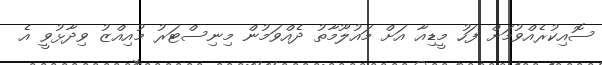
ސޮއިކުރެއްވުމަށް ފަހު މީޑިއާ އަށް މައުލޫމާތު ދެއްވަމުން މިނިސްޓަރު މުއިއްޒު ވިދާޅުވީ އެ